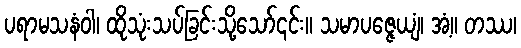
ပရာမသနံဝါ၊ ထိုသုံးသပ်ခြင်းသို့သော်၎င်း။ သမာပဇ္ဇေယျံ၊ အံ့။ တဿ၊